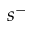
s ^ { - }